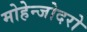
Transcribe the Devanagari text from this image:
मोहेन्जोदरो